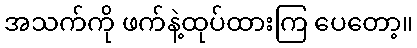
အသက်ကို ဖက်နဲ့ထုပ်ထားကြ ပေတော့။